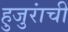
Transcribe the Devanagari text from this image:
हुजुरांची